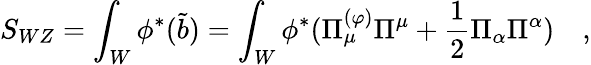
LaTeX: S_{WZ}=\int_{W}\phi^{*}(\tilde{b})=\int_{W}\phi^{*}(\Pi_{\mu}^{(\varphi)}\Pi^{\mu}+{\frac{1}{2}}\Pi_{\alpha}\Pi^{\alpha})\quad,